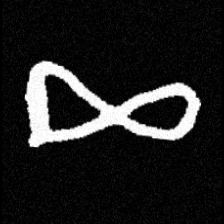
Pyu character \u2014 Myanmar letter: ဆ (romanized: cha)